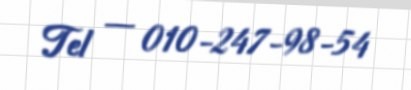
Tel — 010-247-98-54